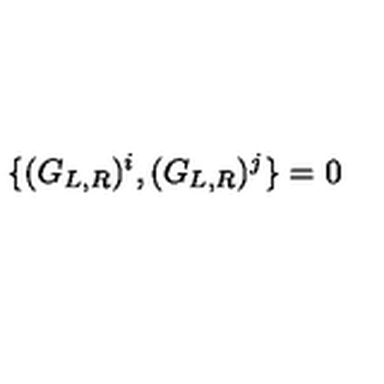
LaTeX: \{ ( G _ { L , R } ) ^ { i } , ( G _ { L , R } ) ^ { j } \} = 0